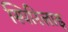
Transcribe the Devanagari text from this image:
स्पिरिलाइ